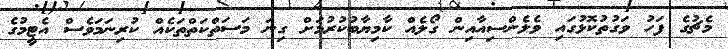
މެޗުގެ ފަހު ވަގުތުކޮޅުގައި ވެލެންސިއާއިން ގޯލެއް ކާމިޔާބުކުރުމަށް ގިނަ މަސަތްކަތްތަކެއް ކުރިނަމަވެސް އެޓީމުގެ